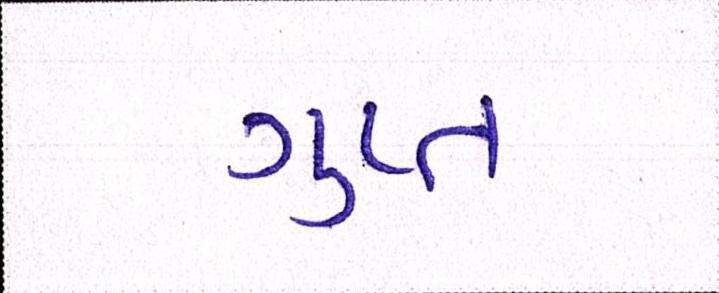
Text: ગુપ્ત